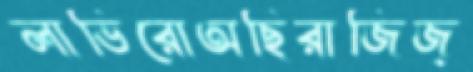
লাভিরোঅছিরাজিজ্